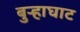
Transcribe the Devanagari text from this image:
बुऱ्हाघाट